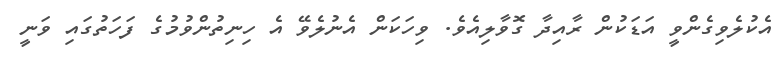
އެކުލެވިގެންވީ އަޑަކުން ރާއިދާ ގޮވާލިއެވެ. ވިހަކަން އެނުލެވޭ އެ ހިނިތުންވުމުގެ ފަހަތުގައި ވަނީ